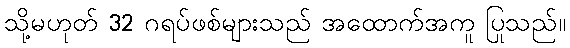
သို့မဟုတ် 32 ဂရပ်ဖစ်များသည် အထောက်အကူ ပြုသည်။